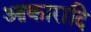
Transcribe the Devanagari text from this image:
आकारादि